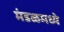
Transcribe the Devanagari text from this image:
मंडळमध्ये